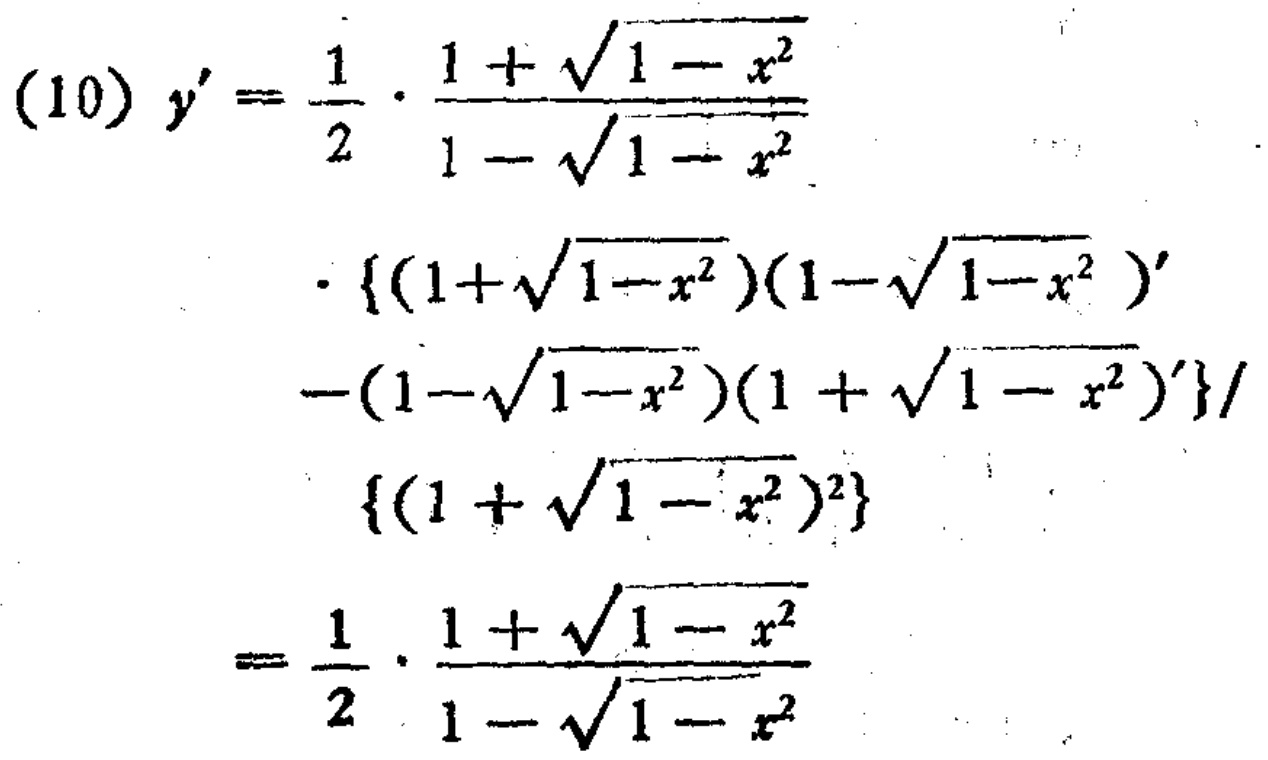
\[
\begin{align*}
(10)y'=&\frac{1}{2}\cdot\frac{1 + \sqrt{1 - x^{2}}}{1 - \sqrt{1 - x^{2}}}\\
&\cdot\left\{(1+\sqrt{1 - x^{2}})(1 - \sqrt{1 - x^{2}})'-(1 - \sqrt{1 - x^{2}})(1+\sqrt{1 - x^{2}})'\right\}/\left\{(1 + \sqrt{1 - x^{2}})^{2}\right\}\\
=&\frac{1}{2}\cdot\frac{1 + \sqrt{1 - x^{2}}}{1 - \sqrt{1 - x^{2}}}
\end{align*}
\]